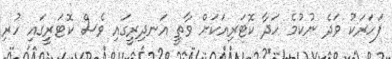
ފަހަރަކު ވަދެ ނުކުމެ ހަދާ ކޮޓަރިއަކަށް ވާތީ އަނދިރީގައި ވެސް ކޮޓަރީގައި ހުރި